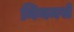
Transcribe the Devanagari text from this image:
नियमसे